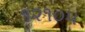
૧૨૧૦૫